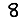
Digit: 8